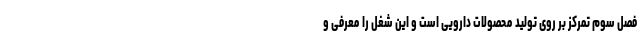
فصل سوم تمرکز بر روی تولید محصولات دارویی است و این شغل را معرفی و